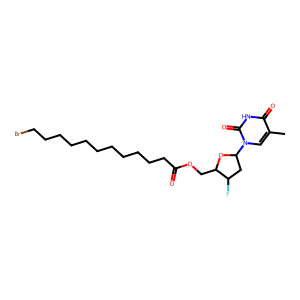
SMILES: Cc1cn(C2CC(F)C(COC(=O)CCCCCCCCCCCBr)O2)c(=O)[nH]c1=O
Inhibits HIV replication: Yes